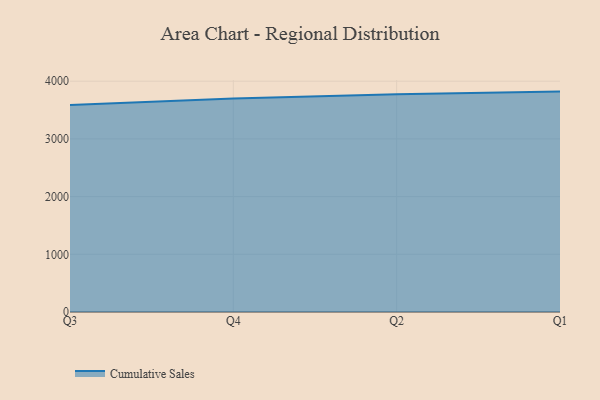
{"axis": {"x": "Quarter", "y": "Page Views"}, "legend": ["Cumulative Sales"], "data": [{"x": "Q3", "y": 3589.1, "type": "Cumulative Sales"}, {"x": "Q4", "y": 3701.2, "type": "Cumulative Sales"}, {"x": "Q2", "y": 3773.8, "type": "Cumulative Sales"}, {"x": "Q1", "y": 3819.8, "type": "Cumulative Sales"}]}